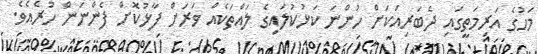
މަހުގެ އަރިމަތީގައި ދެބަރިއަކަށް ހުންނަ ކަޅުކުލައިގެ ލައްތަކެއް ވަރަށް ފާޅުކޮށް ފެންނަން ހުރެއެވެ.